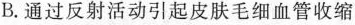
B.通过反射活动引起皮肤毛细血管收缩